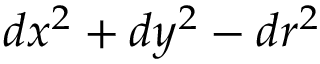
d x ^ { 2 } + d y ^ { 2 } - d r ^ { 2 }